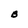
Character: B